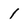
Character: 1